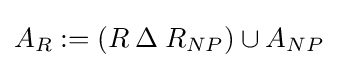
A_{R}:=(R\mathbin {\Delta } R_{NP})\cup A_{NP}